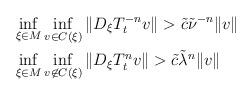
LaTeX: \begin{align*}&\inf_{\xi\in M}\inf_{v\in C(\xi)} \|D_\xi T_t^{-n}v\|> \tilde c\tilde \nu^{-n}\|v\|\\& \inf_{\xi\in M}\inf_{v\not\in C(\xi)} \|D_\xi T_t^n v\|> \tilde c \tilde\lambda^{n}\|v\|\end{align*}